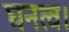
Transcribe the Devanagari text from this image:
घनत्व।